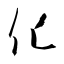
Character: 化